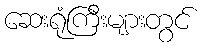
ဆေးရုံကြီးများတွင်